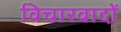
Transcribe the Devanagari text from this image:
विचारवादों